Language: tamil
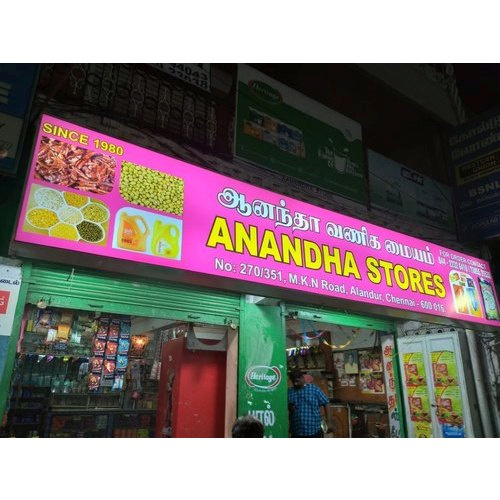
Transcription: ஆனந்தா வணிக மையம் ல்